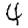
Digit: 4